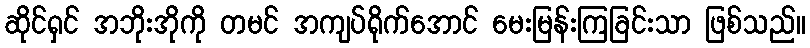
ဆိုင်ရှင် အဘိုးအိုကို တမင် အကျပ်ရိုက်အောင် မေးမြန်းကြခြင်းသာ ဖြစ်သည်။